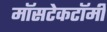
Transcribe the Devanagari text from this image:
मॉसटेकटॉमी